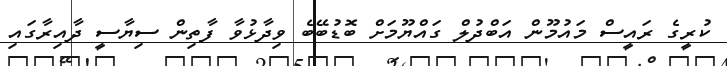
ކުރީގެ ރައީސް މައުމޫން އަބްދުލް ގައްޔޫމަށް ބޮޑުބޭބެ ވިދާޅުވާ ފާތިން ސިޔާސީ ދާއިރާގައި